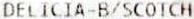
DELTCIA-B/SCOTCH